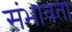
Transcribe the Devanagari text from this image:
संभावता